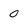
Character: 0